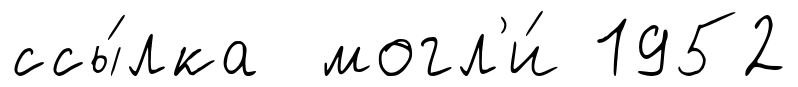
ссы́лка могл'и́ 1952